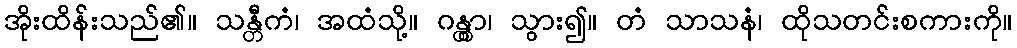
အိုးထိန်းသည်၏။ သန္တီကံ၊ အထံသို့။ ဂန္တွာ၊ သွား၍။ တံ သာသနံ၊ ထိုသတင်းစကားကို။